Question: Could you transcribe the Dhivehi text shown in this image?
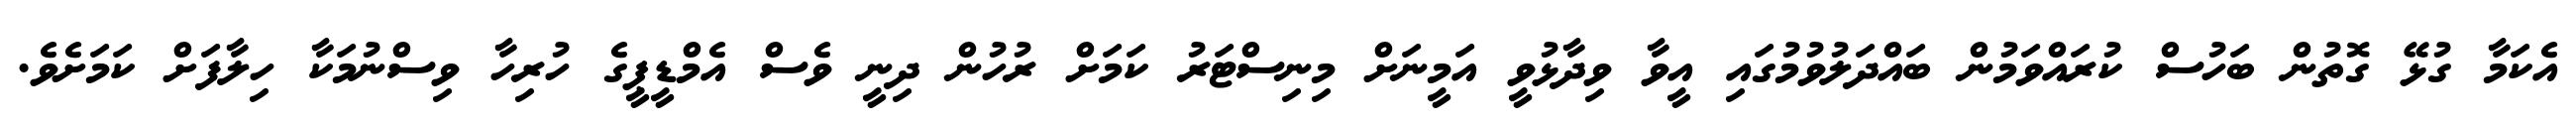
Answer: އެކަމާ ގުޅޭ ގޮތުން ބަހުސް ކުރައްވަމުން ބައްދަލުވުމުގައި އީވާ ވިދާޅުވީ އަމީނަށް މިނިސްޓަރު ކަމަށް ރުހުން ދިނީ ވެސް އެމްޑީޕީގެ ހުރިހާ ވިސްނުމަކާ ހިލާފަށް ކަމަށެވެ.